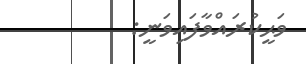
ވަޙީކުރައްވާފައިވަނީ: